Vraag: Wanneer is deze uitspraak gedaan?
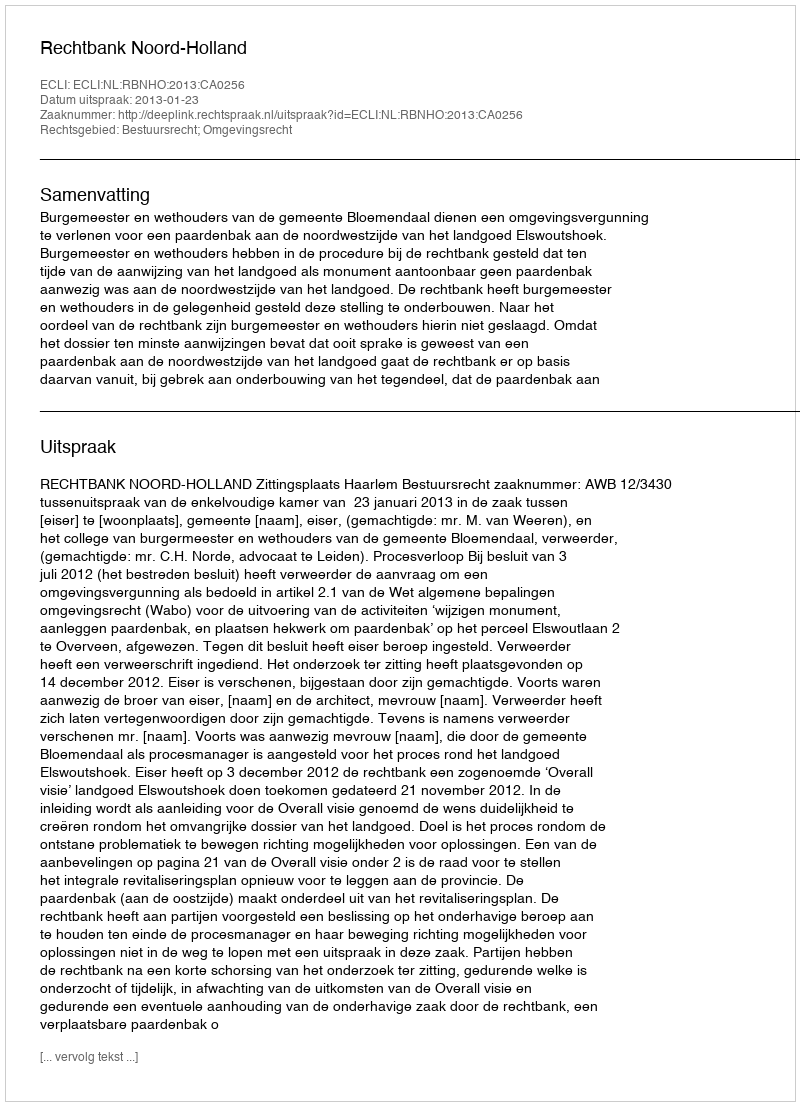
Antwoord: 2013-01-23